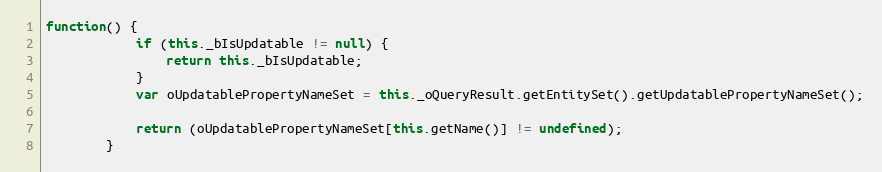
Language: JavaScript
function() {
			if (this._bIsUpdatable != null) {
				return this._bIsUpdatable;
			}
			var oUpdatablePropertyNameSet = this._oQueryResult.getEntitySet().getUpdatablePropertyNameSet();

			return (oUpdatablePropertyNameSet[this.getName()] != undefined);
		}